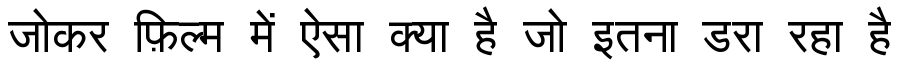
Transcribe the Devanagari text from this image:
जोकर फ़िल्म में ऐसा क्या है जो इतना डरा रहा है